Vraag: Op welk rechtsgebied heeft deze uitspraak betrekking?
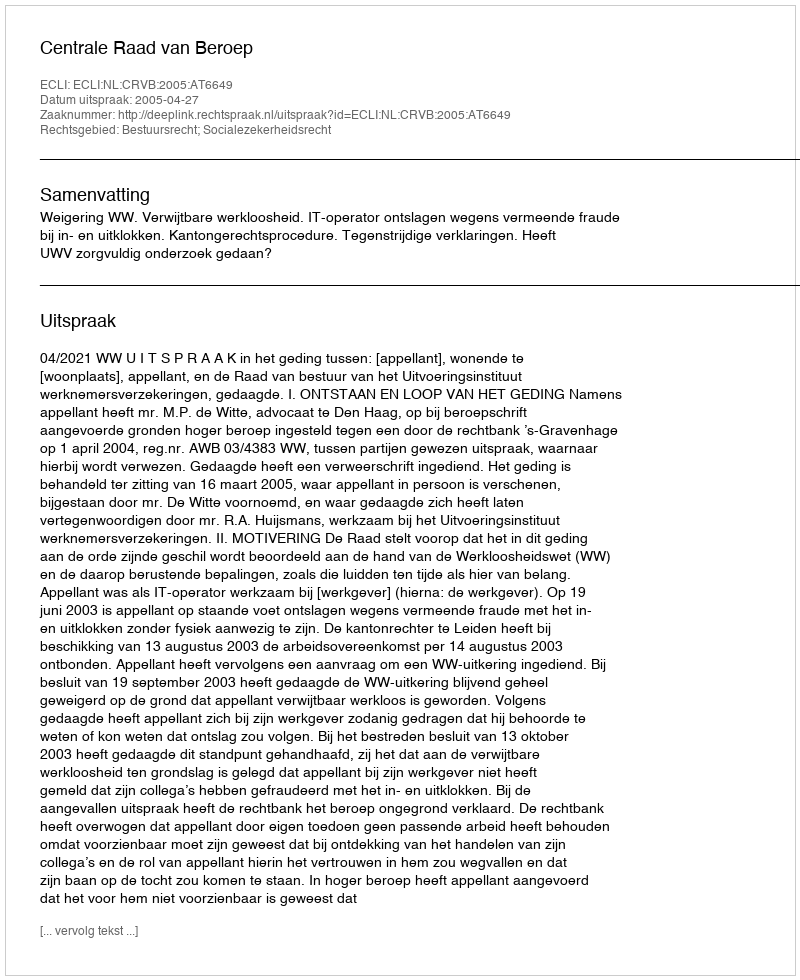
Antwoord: Bestuursrecht; Socialezekerheidsrecht